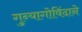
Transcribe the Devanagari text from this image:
गुन्यागोविंदाने